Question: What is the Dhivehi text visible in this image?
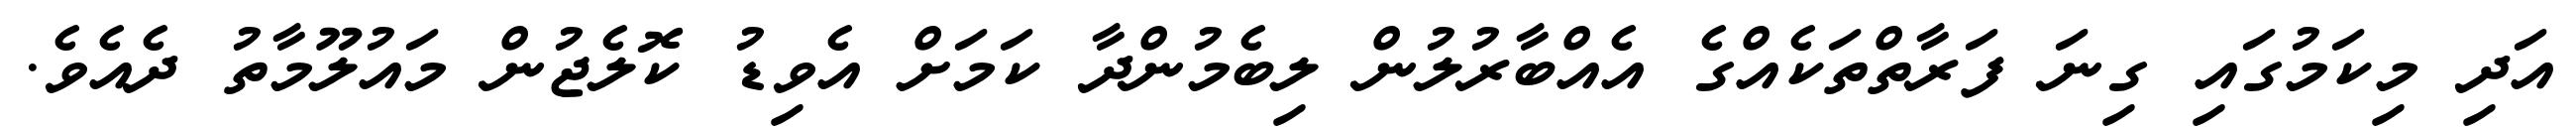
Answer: އަދި މިކަމުގައި ގިނަ ފަރާތްތަކެއްގެ އެއްބާރުލުން ލިބެމުންދާ ކަމަށް އެވިޑު ކޮލެޖުން މައުލޫމާތު ދެއެވެ.